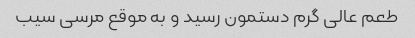
طعم عالی گرم دستمون رسید و به موقع مرسی سیب